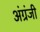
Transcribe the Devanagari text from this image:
अंग्रंजी